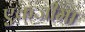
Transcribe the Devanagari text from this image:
एकजीमा